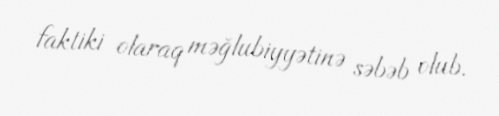
faktiki olaraq məğlubiyyətinə səbəb olub.